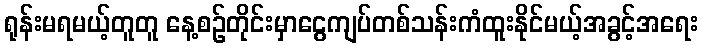
ရုန်းမရမယ့်တူတူ နေ့စဉ်တိုင်းမှာငွေကျပ်တစ်သန်းကံထူးနိုင်မယ့်အခွင့်အရေး